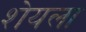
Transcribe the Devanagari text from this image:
शेयला